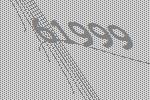
61999